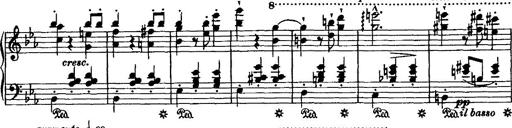
Title: Grande valse di bravura
Composer: Franz Liszt